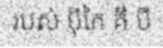
របស់ ប៉ីកៃ គឺ បី